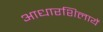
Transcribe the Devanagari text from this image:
आधारशिलायें